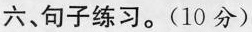
六、句子练习。(10分)